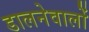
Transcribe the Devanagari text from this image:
डालनेवालों